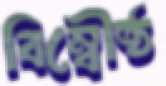
বিম্বৌষ্ঠ